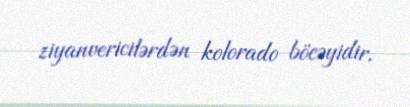
ziyanvericilərdən kolorado böcəyidir.